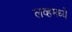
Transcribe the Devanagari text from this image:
लव्हमध्ये